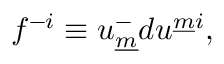
f ^ { - i } \equiv u _ { \underline { { m } } } ^ { - } d u ^ { \underline { { { m } } } i } ,